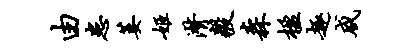
由患萎姬潸毅森楹趣咸